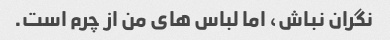
نگران نباش، اما لباس های من از چرم است.